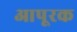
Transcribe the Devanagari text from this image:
आपूरक